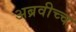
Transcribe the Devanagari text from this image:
अब्रवीच्च